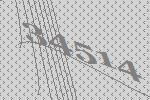
34514